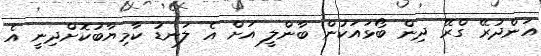
އަންދުރޭ ގްރޭ ދިން ބޯޅައަކުން ބާންލީ އަށް އެ ލަނޑު ކާމިޔާބުކޮށްދިނީ އެ